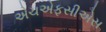
એચએફસીએસ